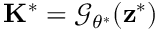
\mathbf { K } ^ { \ast } = \mathcal { G } _ { \theta ^ { \ast } } ( \mathbf { z } ^ { \ast } )